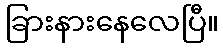
ခြားနားနေလေပြီ။